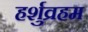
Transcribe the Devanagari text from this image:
हर्शुव्रहम